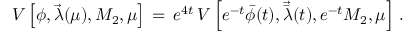
{ \cal V } \left[ \phi , { \vec { \lambda } } ( \mu ) , M _ { 2 } , \mu \right] \, = \, e ^ { 4 t } \, { \cal V } \left[ e ^ { - t } { \bar { \phi } } ( t ) , { \vec { \bar { \lambda } } } ( t ) , e ^ { - t } M _ { 2 } , \mu \right] \, .